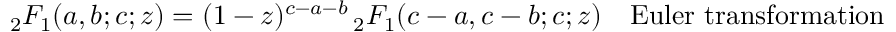
{ } _ { 2 } F _ { 1 } ( a , b ; c ; z ) = ( 1 - z ) ^ { c - a - b } \, { } _ { 2 } F _ { 1 } ( c - a , c - b ; c ; z ) \ \ \ { \mathrm { E u l e r ~ t r a n s f o r m a t i o n } }